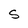
Character: 5